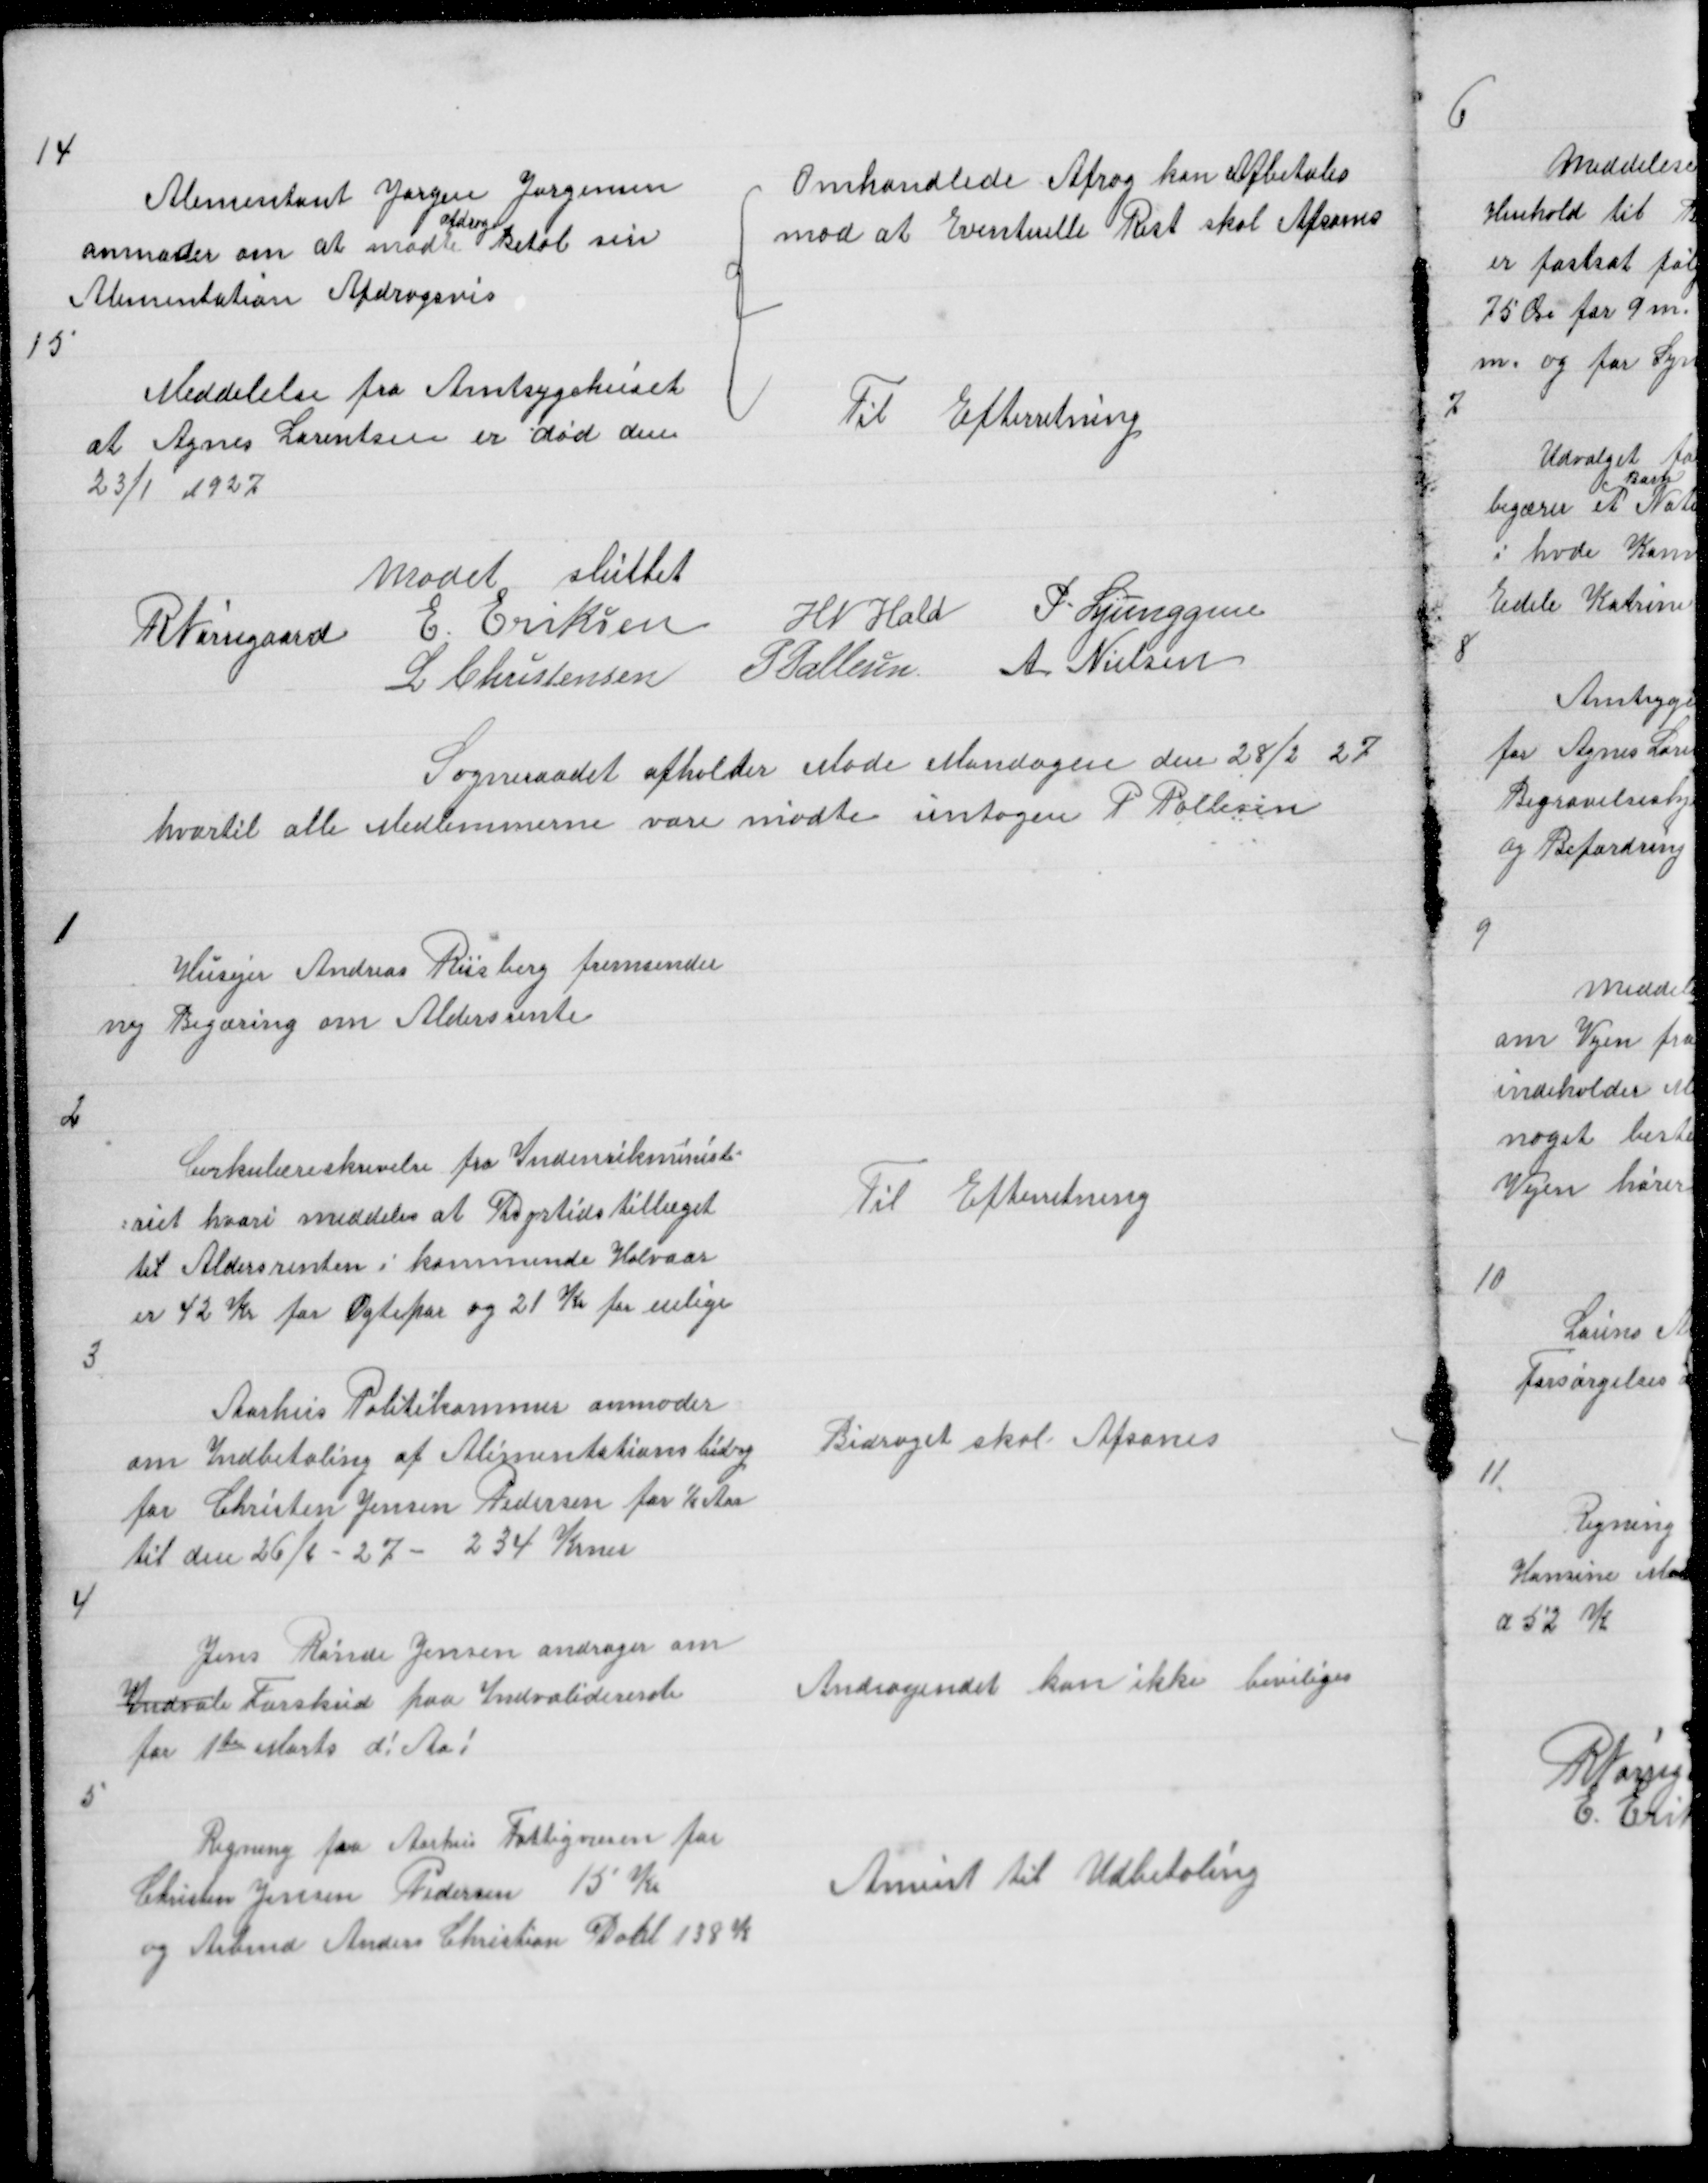
Transskription:
14

Alimentant Jørgen Jørgensen
afdrage
anmoder om at modte Betal sin
Alimentation Afdragsvis

{

Omhandlede Afrag kan Afbetales
mod at Eventuelle Rest skal Afsones

15

Medelelse fra Amtsygehuset
at Agnes Lorentsen er død den
23/1 1927

Til Efterretning

Mødet sluttet
R Nørregaard E Eriksen H N Hald P. Ljunggren
L Christensen P Pallesen A Nielsen

Sogneraadet afholder Møde Mandagen den 28/2 27
hvortil alle Medlemmerne vare mødte untagen P Pallesen

1

Husejer Andreas Riisberg fremsender
ny Begæring om Aldersrente

2

Cirkulæreskrivelse fra Indenriksministe=
= riet hvori meddeles at Dyrtidstillæget
til Aldersrenten i kommende Halvaar
er 42 Kr for Ægtepar og 21 Kr for enlige

Til Efterretning

3

Aarhus Politikammer anmoder
om Indbetaling af Alimentationsbidrag
for Christian Jensen Pedersen for ½ Aar
til den 26/6 - 27 - 234 Krner

Bidraget skal Afsones

4

Jens Rønde Jensen andrager om
Indvali Forskud paa Indvaliderente
for 1te Marts d! Aa!

Andragendet kan ikke beviliges

5

Regning fra Aarhus Fattigvæsen for
Christen Jensen Pedersen 15 Kr
og Arbmd Anders Christian Dahl 138 K

Anvist til Udbetaling